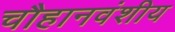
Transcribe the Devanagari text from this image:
चौहानवंशीय